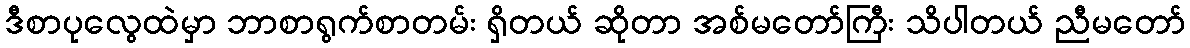
ဒီစာပုလွေထဲမှာ ဘာစာရွက်စာတမ်း ရှိတယ် ဆိုတာ အစ်မတော်ကြီး သိပါတယ် ညီမတော်